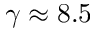
\gamma \approx 8 . 5